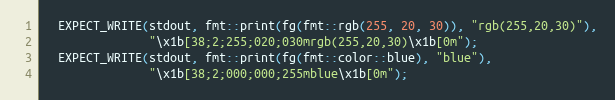
Language: C++
  EXPECT_WRITE(stdout, fmt::print(fg(fmt::rgb(255, 20, 30)), "rgb(255,20,30)"),
               "\x1b[38;2;255;020;030mrgb(255,20,30)\x1b[0m");
  EXPECT_WRITE(stdout, fmt::print(fg(fmt::color::blue), "blue"),
               "\x1b[38;2;000;000;255mblue\x1b[0m");